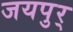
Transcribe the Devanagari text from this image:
जयपुर्